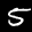
Label: 5